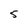
Character: 5